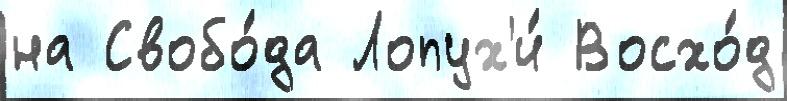
на Свобо́да Лопух'и́ Восхо́д